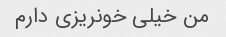
من خیلی خونریزی دارم